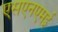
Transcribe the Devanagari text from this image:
एसएनएमई